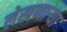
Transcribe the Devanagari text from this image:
लेखणाऱ्या